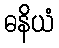
ဓနိယံ